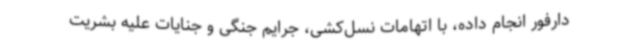
دارفور انجام داده، با اتهامات نسل‌کشی، جرایم جنگی و جنایات علیه بشریت